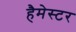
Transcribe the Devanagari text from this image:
हैमेस्टर